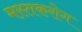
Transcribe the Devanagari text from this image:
मस्तकरोग